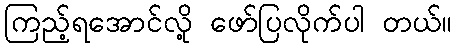
ကြည့်ရအောင်လို့ ဖော်ပြလိုက်ပါ တယ်။